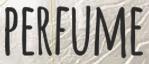
PERFUME